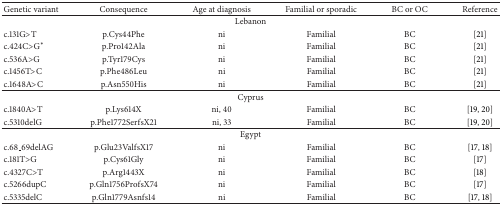
<table><thead><tr><td><b>Genetic variant</b></td><td><b>Consequence</b></td><td><b>Age at diagnosis</b></td><td><b>Familial or sporadic</b></td><td><b>BC or OC</b></td><td><b>Reference</b></td></tr></thead><tbody><tr><td colspan="6">Lebanon</td></tr><tr><td>c.131G&gt;T</td><td>p.Cys44Phe</td><td>ni</td><td>Familial</td><td>BC</td><td>[21]</td></tr><tr><td>c.424C&gt;G<sup>*</sup></td><td>p.Pro142Ala</td><td>ni</td><td>Familial</td><td>BC</td><td>[21]</td></tr><tr><td>c.536A&gt;G</td><td>p.Tyr179Cys</td><td>ni</td><td>Familial</td><td>BC</td><td>[21]</td></tr><tr><td>c.1456T&gt;C</td><td>p.Phe486Leu</td><td>ni</td><td>Familial</td><td>BC</td><td>[21]</td></tr><tr><td>c.1648A&gt;C</td><td>p.Asn550His</td><td>ni</td><td>Familial</td><td>BC</td><td>[21]</td></tr><tr><td colspan="6">Cyprus</td></tr><tr><td>c.1840A&gt;T</td><td>p.Lys614X</td><td>ni, 40</td><td>Familial</td><td>BC</td><td>[19, 20]</td></tr><tr><td>c.5310delG</td><td>p.Phe1772SerfsX21</td><td>ni, 33</td><td>Familial</td><td>BC</td><td>[19, 20]</td></tr><tr><td colspan="6">Egypt</td></tr><tr><td>c.68_69delAG</td><td>p.Glu23ValfsX17</td><td>ni</td><td>Familial</td><td>BC</td><td>[17, 18]</td></tr><tr><td>c.181T&gt;G</td><td>p.Cys61Gly</td><td>ni</td><td>Familial</td><td>BC</td><td>[17]</td></tr><tr><td>c.4327C&gt;T</td><td>p.Arg1443X</td><td>ni</td><td>Familial</td><td>BC</td><td>[18]</td></tr><tr><td>c.5266dupC</td><td>p.Gln1756ProfsX74</td><td>ni</td><td>Familial</td><td>BC</td><td>[17]</td></tr><tr><td>c.5335delC</td><td>p.Gln1779Asnfs14</td><td>ni</td><td>Familial</td><td>BC</td><td>[17, 18]</td></tr></tbody></table>